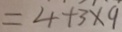
= 4 + 3 \times 9